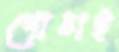
গোঙাই